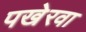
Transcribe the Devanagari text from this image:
पखेरवा